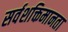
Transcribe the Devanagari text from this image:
सर्वशक्तिमानता